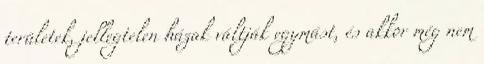
területek, jellegtelen házak váltják egymást, és akkor még nem